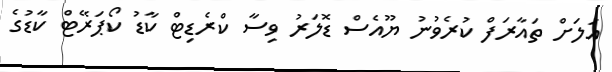
އަލަށް ތައާރަފް ކުރެވުނު ޔޫއެސް ޑޮލަރު ވިސާ ކްރެޑިޓް ކާޑު ކޯޕަރޭޓް ކާޑުގެ